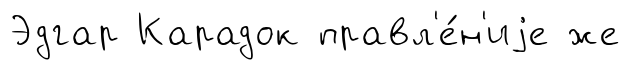
Эдгар Карадок правл'е́н'иjе же